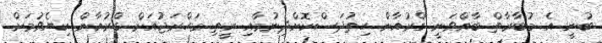
ބުނީ އެ މުބާރާތް ބާއްވަނީ ގްރުއާން ހިތުދަސްކޮށްދިނުމާއި ރީތި މަހްރަޖުއަށް ގްރުއާން ކިޔެވުމަށް